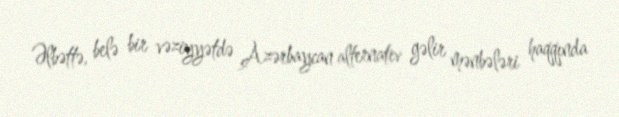
Əlbəttə, belə bir vəziyyətdə Azərbaycan alternativ gəlir mənbələri haqqında